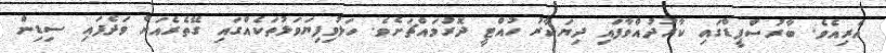
އެރިއެވެ. ބާރުސްޕީޑްގައި ކާރުދުއްވާފައި ދިޔަކާރު ހުއްޓީ ދޮރުމައްޗަށެވެ. ހަލުވިފިޔަވަޅުތަކެއްގައި ގޭތެރެއަށް ވަދެފައި ސިޑިން